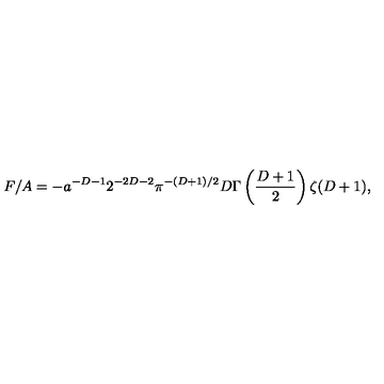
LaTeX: F / A = - a ^ { - D - 1 } 2 ^ { - 2 D - 2 } \pi ^ { - ( D + 1 ) / 2 } D \Gamma \left( { \frac { D + 1 } { 2 } } \right) \zeta ( D + 1 ) ,